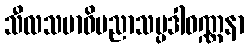
သီလသမာဓိပညာသမ္ပဒါဝဏ္ဏနာ